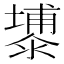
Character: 𮳕